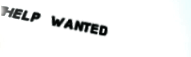
HELP WANTED